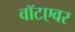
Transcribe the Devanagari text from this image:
वॉटएवर